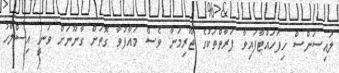
ލައިސަންސް ހިފަހައްޓާފައިވާ ފަރާތްތަކުގެ ޖޫރިމަނާ ވެސް މައާފުވާ ގޮތަށް ގާނޫނަށް ވަނީ އިސްލާހު